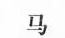
马